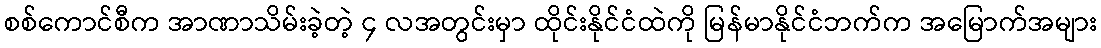
စစ်ကောင်စီက အာဏာသိမ်းခဲ့တဲ့ ၄ လအတွင်းမှာ ထိုင်းနိုင်ငံထဲကို မြန်မာနိုင်ငံဘက်က အမြောက်အများ